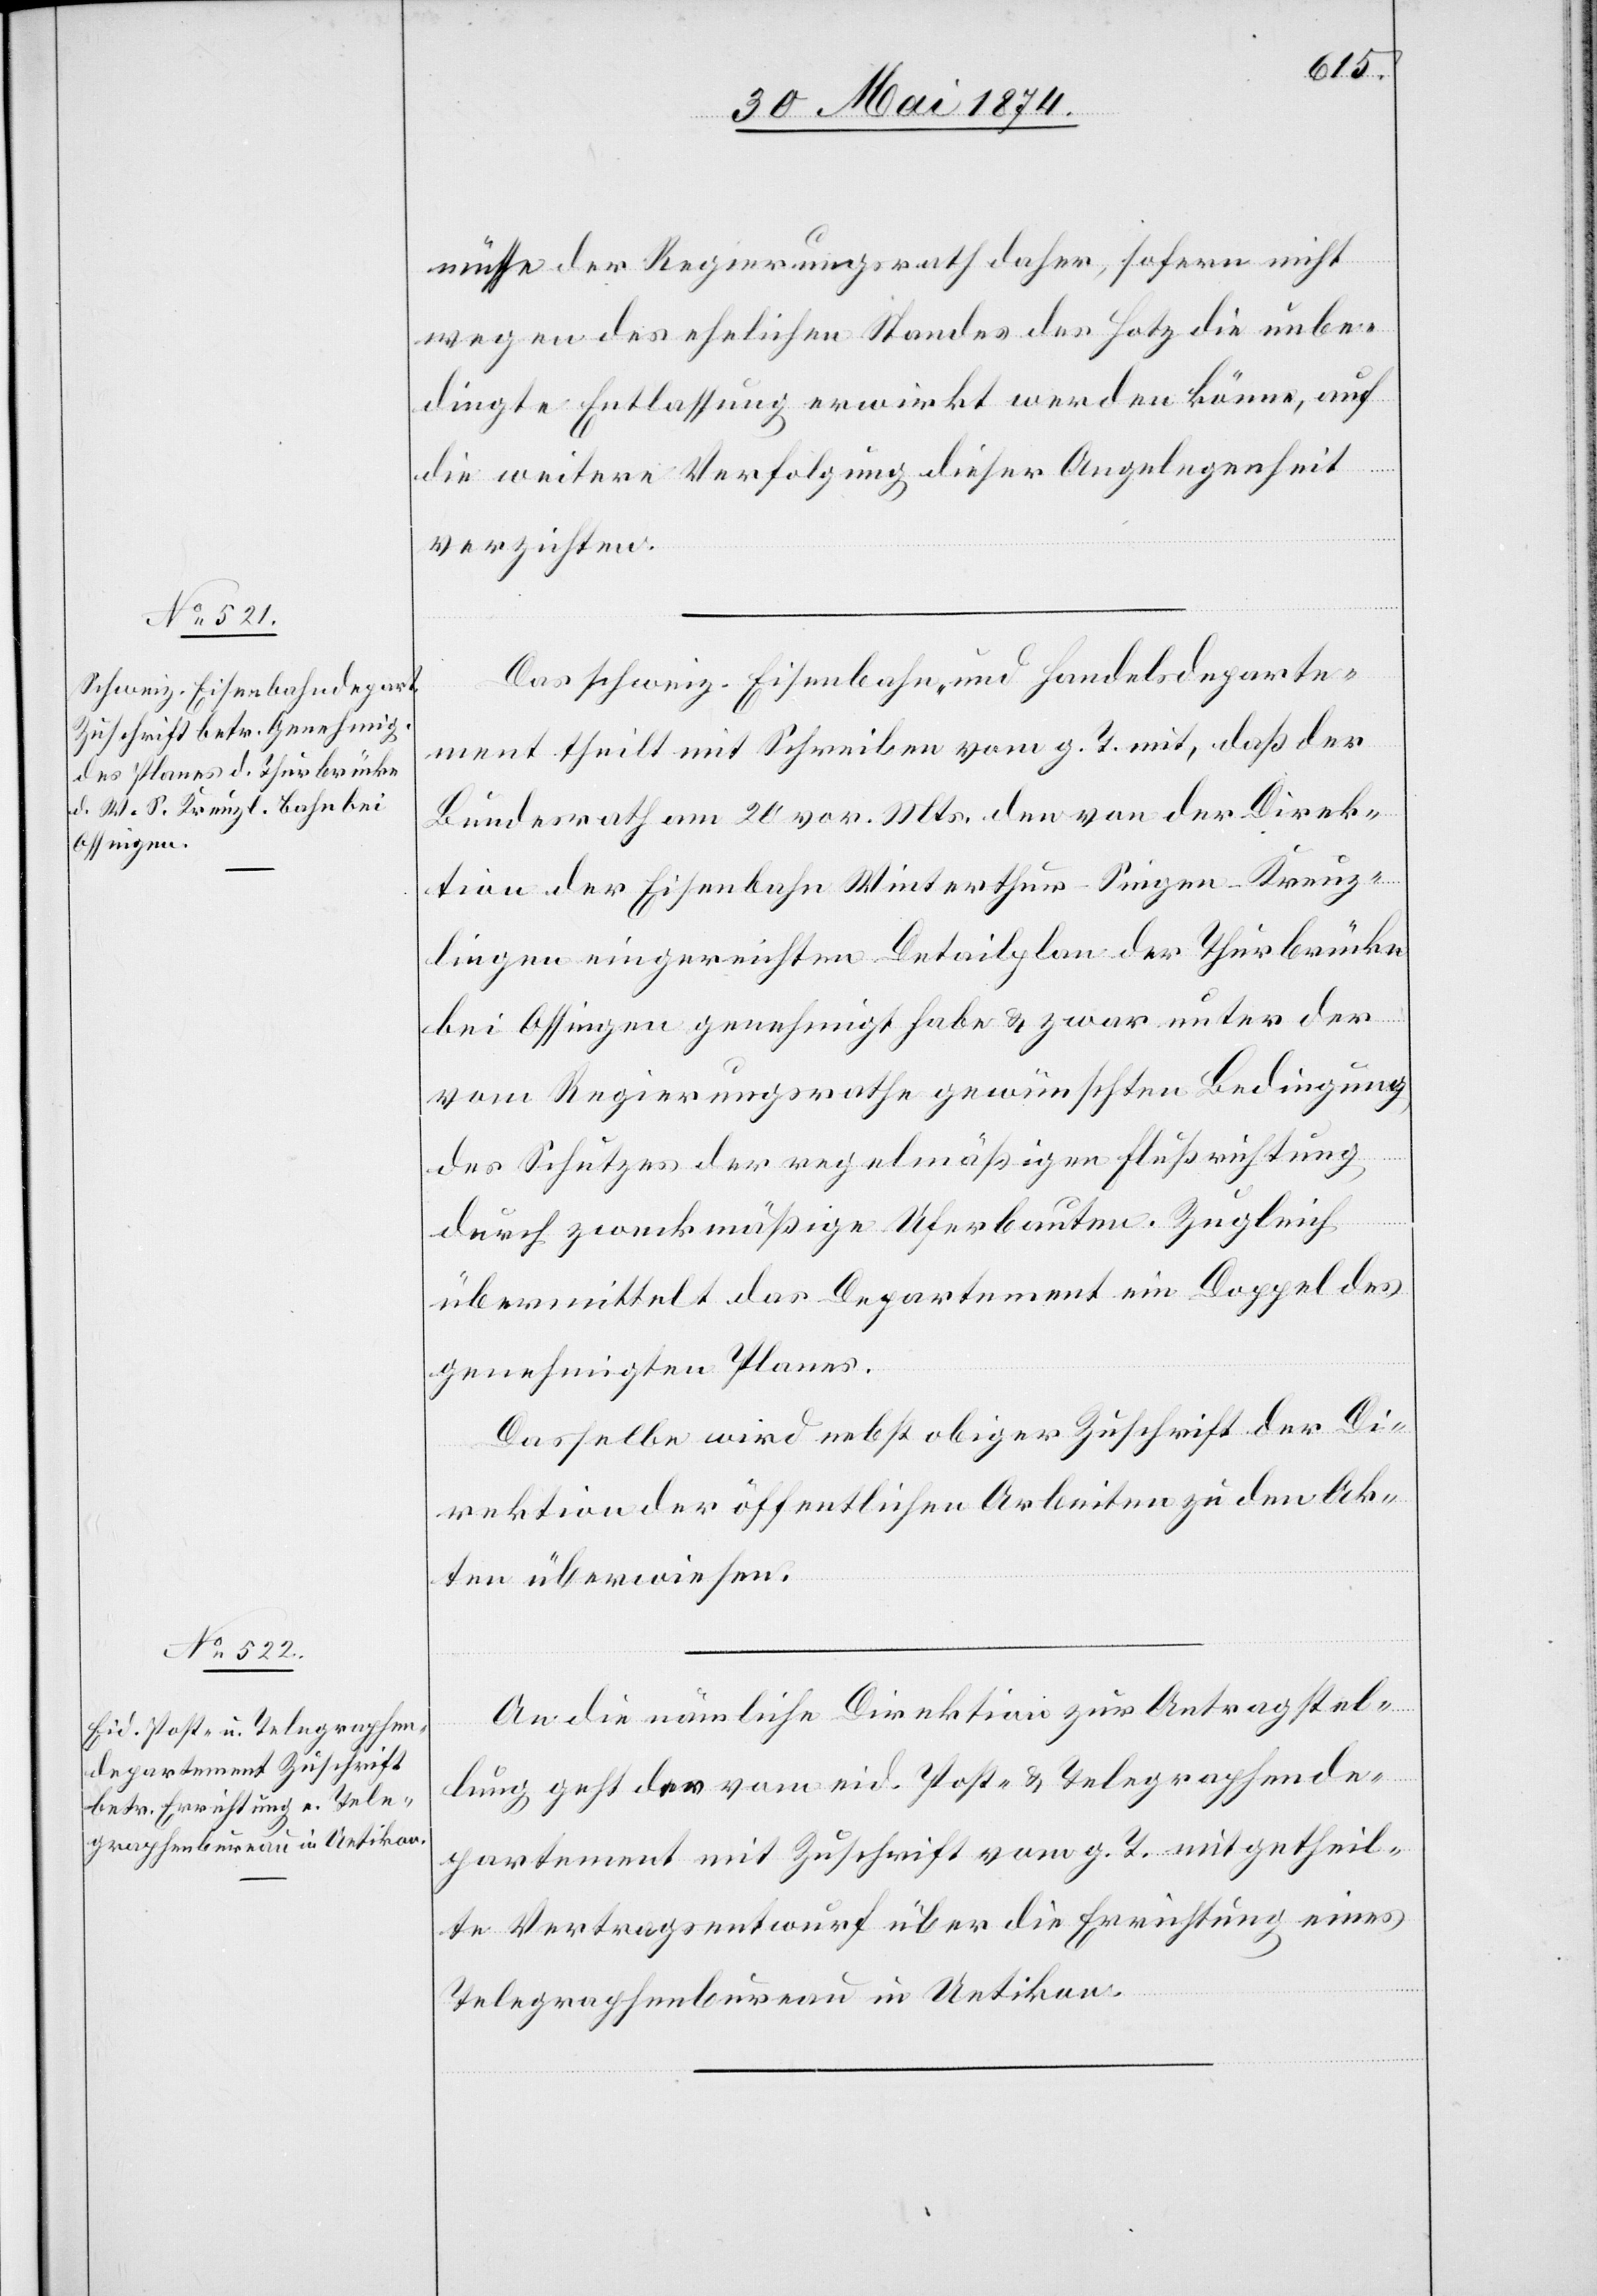
müsse der Regierungsrath daher, sofern nicht
wegen des ehelichen Standes des Hotz die unbe¬
dingte Entlassung erwirkt werden könne, auf
die weitere Verfolgung dieser Angelegenheit
verzichten.
Das schweiz. Eisenbahn- und Handelsdeparte¬
ment theilt mit Schreiben vom g. T. mit, daß der
Bundesrath am 20. vor. Mts. den von der Direk¬
tion der Eisenbahn Winterthur-Singen-Kreuz¬
lingen eingereichten Detailplan der Thurbrücke
bei Ossingen genehmigt habe u. zwar unter der
vom Regierungsrathe gewünschten Bedingung
des Schutzes der regelmäßigen Flußrichtung
durch zweckmäßige Uferbauten. Zugleich
übermittelt das Departement ein Doppel des
genehmigten Planes.
An die nämliche Direktion zur Antragstel¬
lung geht der vom eid. Post u. Telegraphende¬
partement mit Zuschrift vom g. T. mitgetheil¬
te Vertragsentwurf über die Errichtung eines
Telegraphenbureau in Uetikon.